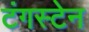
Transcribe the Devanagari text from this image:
टंगस्टेन